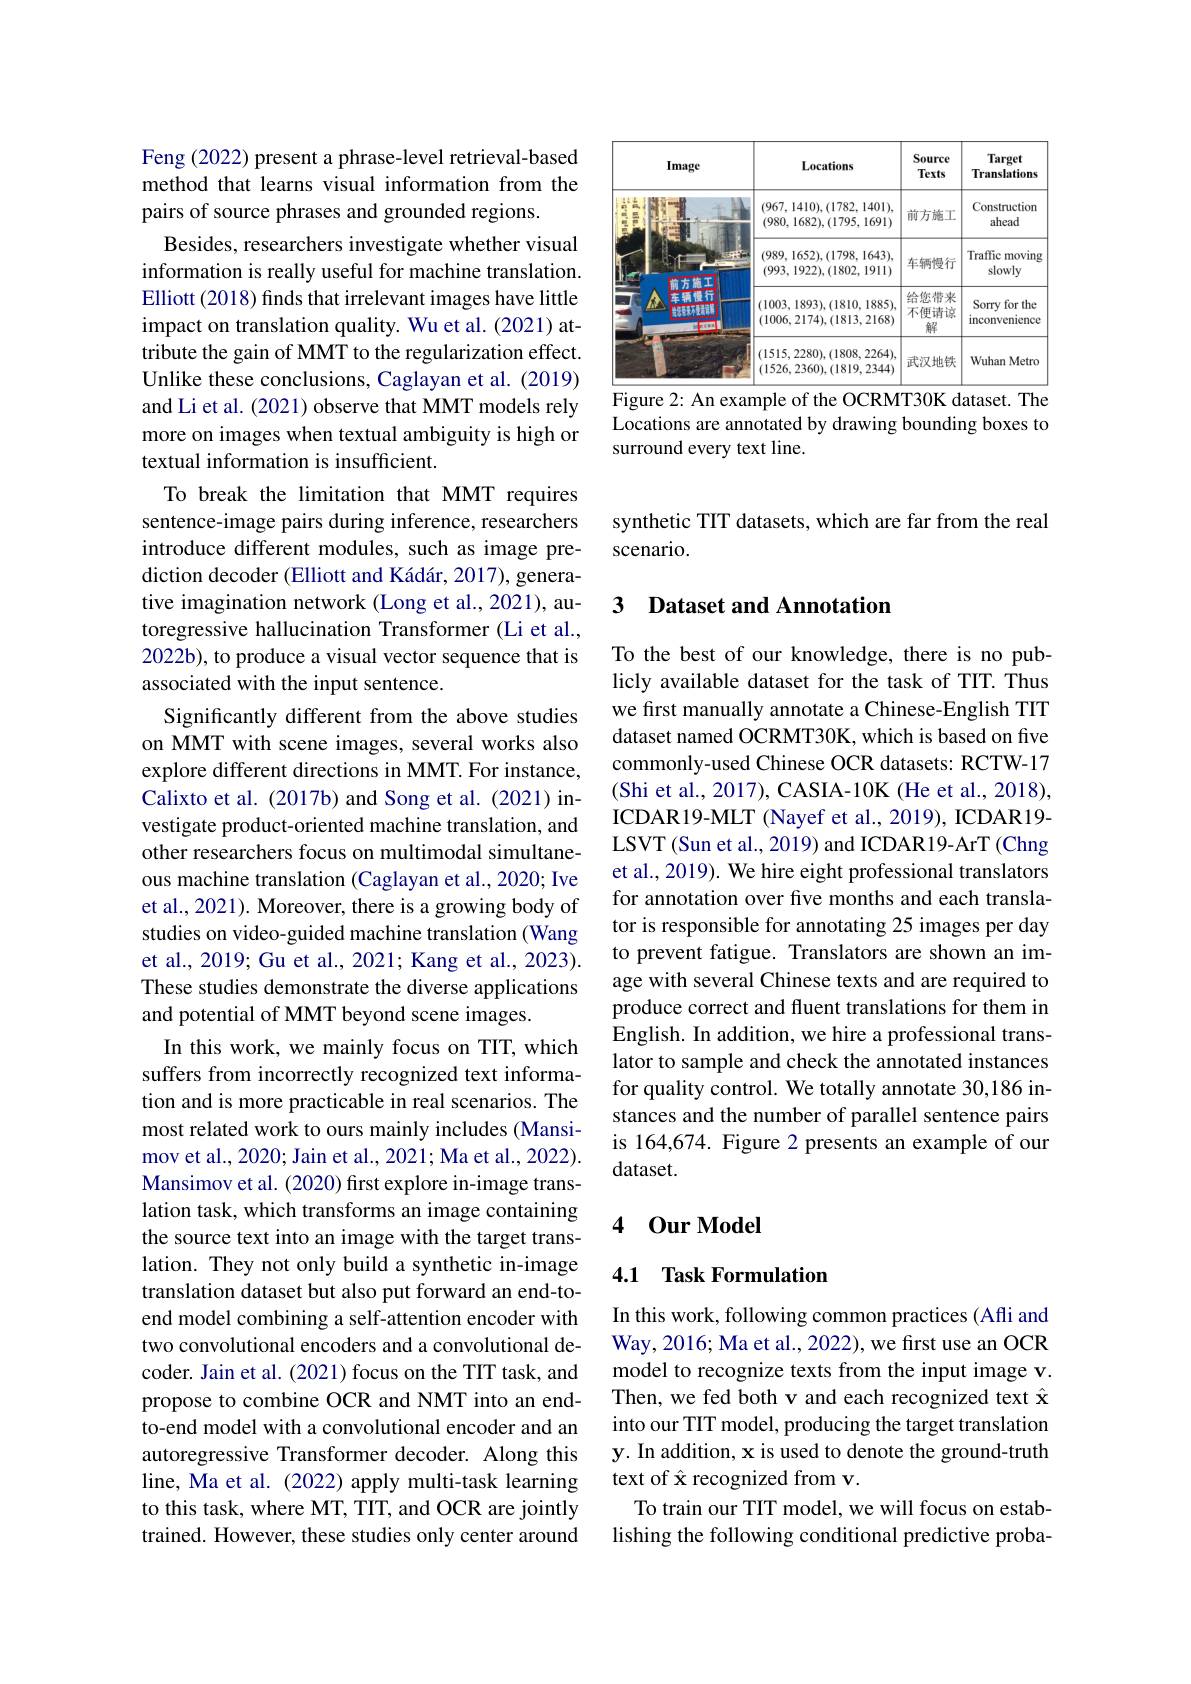
<table>
	<tbody>
		<tr>
			<th>Image</th>
			<th>Locations</th>
			<th>Source Texts</th>
			<th>Target Translations</th>
		</tr>
		<tr>
			<td> </td>
			<td>(967,1410),(1782,1401), (980,1682),(1795,1691)</td>
			<td>前方施工</td>
			<td>Construction ahead</td>
		</tr>
		<tr>
			<td>营士修管</td>
			<td>(989,1652),(1798,1643), (993,1922),(1802,1911)</td>
			<td>车辆慢行</td>
			<td>Traffic moving slowly</td>
		</tr>
		<tr>
			<td>车辆慢行 哈安营委不锈钢车</td>
			<td>(1003,1893),(1810,1885), (1006,2174),(1813,2168)</td>
			<td>给您带来 不便请谅 解</td>
			<td>for the Sorry 1 inconvenience</td>
		</tr>
		<tr>
			<td> </td>
			<td>(1515,2280),(1808,2264), (1526,2360),(1819,2344)</td>
			<td>武汉地铁</td>
			<td>Wuhan Metro</td>
		</tr>
	</tbody>
</table>
Figure 2: An example of the OCRMT30K dataset. The

Locations are annotated by drawing bounding boxes to
surround every text line.

Feng (2022) present a phrase-level retrieval-based method that learns visual information from the pairs of source phrases and grounded regions.
Besides, researchers investigate whether visual information is really useful for machine translation. Elliott (2018) finds that irrelevant images have little impact on translation quality. Wu et al. (2021) attribute the gain of MMT to the regularization effect. Unlike these conclusions, Caglayan et al. (2019) and Li et al. (2021) observe that MMT models rely more on images when textual ambiguity is high or textual information is insufficient.
To break the limitation that MMT requires sentence-image pairs during inference, researchers introduce different modules, such as image prediction decoder (Elliott and Kádár, 2017), generative imagination network (Long et al., 2021), autoregressive hallucination Transformer (Li et al., 2022b), to produce a visual vector sequence that is associated with the input sentence.
Significantly different from the above studies on MMT with scene images, several works also explore different directions in MMT. For instance, Calixto et al. (2017b) and Song et al. (2021) investigate product-oriented machine translation, and other researchers focus on multimodal simultaneous machine translation (Caglayan et al., 2020; Ive et al., 2021). Moreover, there is a growing body of studies on video-guided machine translation (Wang et al., 2019; Gu et al., 2021; Kang et al., 2023). These studies demonstrate the diverse applications and potential of MMT beyond scene images.
In this work, we mainly focus on TIT, which suffers from incorrectly recognized text information and is more practicable in real scenarios. The most related work to ours mainly includes (Mansimov et al., 2020; Jain et al., 2021; Ma et al., 2022). Mansimov et al. (2020) first explore in-image translation task, which transforms an image containing the source text into an image with the target translation. They not only build a synthetic in-image translation dataset but also put forward an end-toend model combining a self-attention encoder with two convolutional encoders and a convolutional decoder. Jain et al. (2021) focus on the TIT task, and propose to combine OCR and NMT into an endto-end model with a convolutional encoder and an autoregressive Transformer decoder. Along this line, Ma et al. (2022) apply multi-task learning to this task, where MT, TIT, and OCR are jointly trained. However, these studies only center around

synthetic TIT datasets, which are far from the real
scenario.

### 3 Dataset and Annotation

To the best of our knowledge, there is no publicly available dataset for the task of TIT. Thus we first manually annotate a Chinese-English TIT dataset named OCRMT30K, which is based on five commonly-used Chinese OCR datasets: RCTW-17 (Shi et al., 2017), CASIA-10K (He et al., 2018), ICDAR19-MLT (Nayef et al., 2019), ICDAR19- LSVT (Sun et al., 2019) and ICDAR19-ArT (Chng et al., 2019). We hire eight professional translators for annotation over five months and each translator is responsible for annotating 25 images per day to prevent fatigue. Translators are shown an image with several Chinese texts and are required to produce correct and fluent translations for them in English. In addition, we hire a professional translator to sample and check the annotated instances for quality control. We totally annotate 30,186 instances and the number of parallel sentence pairs is 164,674. Figure 2 presents an example of our dataset.

## 4 0ur Model

### 4.1 Task Formulation

In this work, following common practices (Afli and Way, 2016; Ma et al., 2022), we first use an OCR model to recognize texts from the input image v. Then, we fed both v and each recognized text $\hat{\mathbf{x}}$ into our TIT model, producing the target translation y. In addition, x is used to denote the ground-truth text of $\hat{\mathbf{x}}$ recognized from v.
To train our TIT model, we will focus on establishing the following conditional predictive proba-